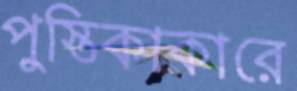
পুস্তিকাকারে